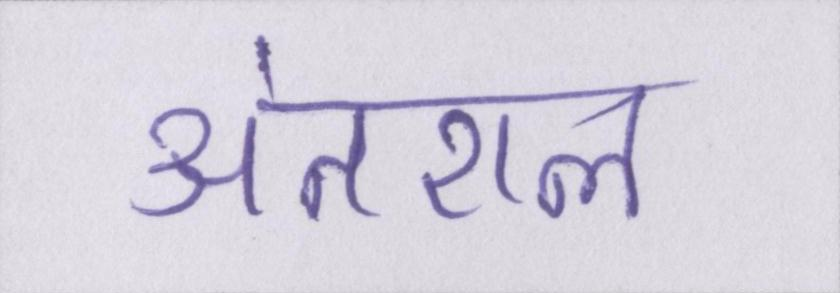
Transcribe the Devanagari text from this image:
अंतराल